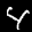
Label: 4